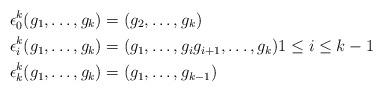
LaTeX: \begin{align*}\epsilon^k_0(g_1, \ldots, g_k) &= (g_2, \ldots, g_k) \\\epsilon^k_i(g_1, \ldots, g_k) &= (g_1, \ldots, g_{i} g_{i+1}, \ldots, g_k) 1 \leq i \leq k-1 \\\epsilon^k_k (g_1, \ldots, g_k) &= (g_1, \ldots, g_{k-1}) \end{align*}